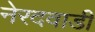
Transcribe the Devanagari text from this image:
नेरदवाडी